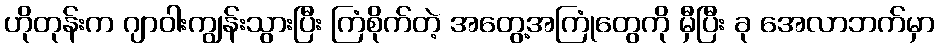
ဟိုတုန်းက ဂျာဝါးကျွန်းသွားပြီး ကြံစိုက်တဲ့ အတွေ့အကြုံတွေကို မှီပြီး ခု အေလာဘက်မှာ